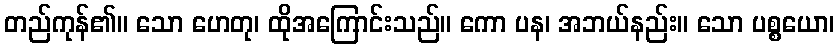
တည်ကုန်၏။ သော ဟေတု၊ ထိုအကြောင်းသည်။ ကော ပန၊ အဘယ်နည်း။ သော ပစ္စယော၊